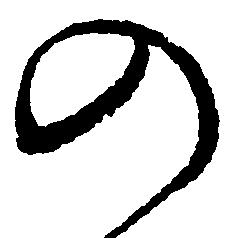
の